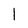
Character: l